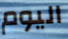
اليوم